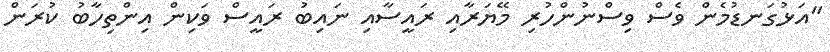
"އަޅުގަނޑުމެން ވެސް ވިސްނުންހުރި މޭޔަރާއި ރައީސާއި ނައިބު ރައީސް ވަކިން އިންތިހާބު ކުރަން